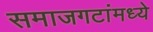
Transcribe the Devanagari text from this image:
समाजगटांमध्ये